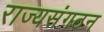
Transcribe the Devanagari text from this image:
राज्यसंगठन